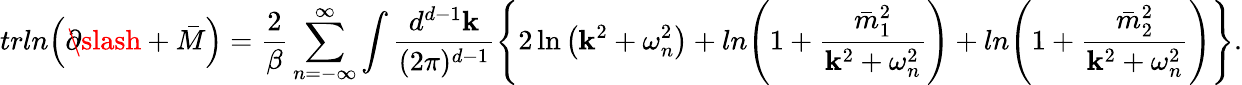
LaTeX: trln{\left(\partial\! \! \! \slash+\bar{M}\right)}=\frac{2}{\beta}\sum_{n=-\infty}^{\infty}\int\frac{d^{d-1}{\mathbf k}}{(2\pi)^{d-1}}\left\{ 2\ln{\left({\mathbf k}^{2}+\omega_{n}^{2}\right)}+ln{\left(1+\frac{\bar{m}_{1}^{2}}{{\mathbf k}^{2}+\omega_{n}^{2}}\right)}+ln{\left(1+\frac{\bar{m}_{2}^{2}}{{\mathbf k}^{2}+\omega_{n}^{2}}\right)}\right\} .